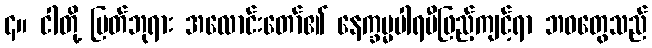
၄။ ငါတို့ မြတ်ဘုရား အလောင်းတော်၏ နေက္ခမ္မပါရမီဖြည့်ကျင့်ရာ ဘဝတွေသည်